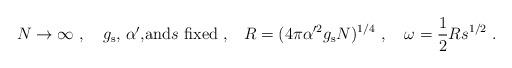
LaTeX: \begin{align*}N \to \infty\ ,\quad\mbox{$g_{\rm s}$, $\alpha'$,and$s$ fixed\ ,}\quad R = (4\pi \alpha'^2 g_{\rm s} N)^{1/4}\ ,\quad \omega = \frac{1}{2}Rs^{1/2} \ . \end{align*}